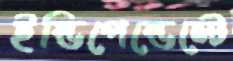
ইন্ডিপেন্ডেন্টে